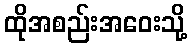
ထိုအစည်းအဝေးသို့